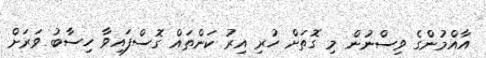
އާއްމުންގެ ވިސްނުން މި ގޮތަށް ހުރި އިރު ކަންތައް ގޮސްފައިވާ ހިސާބު ވަރަށް